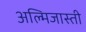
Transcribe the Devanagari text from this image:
अल्मिजास्ती